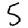
Digit: 5